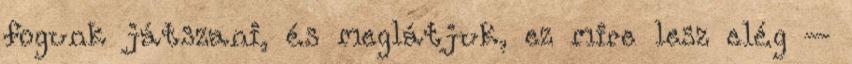
fogunk játszani, és meglátjuk, ez mire lesz elég –